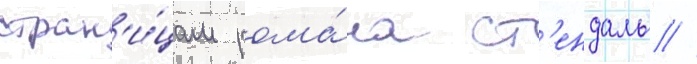
стран'и́цам рома́на ст'ендаль //